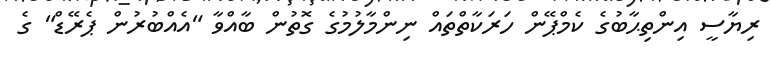
ރިޔާސީ އިންތިޙާބުގެ ކެމްޕޭން ހަރަކާތްތައް ނިންމާލުމުގެ ގޮތުން ބާއްވާ "އެއްބުރުން ޕެރޭޑް" ގެ